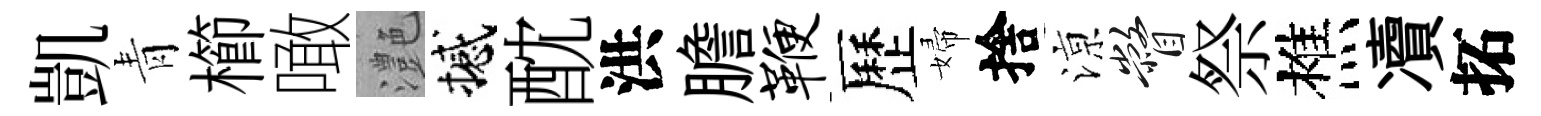
凱青櫛噉灔撼酖洪膽鞭歷婦捨鿌瞥祭樵凟拓